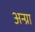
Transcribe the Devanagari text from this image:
अन्ग्रा